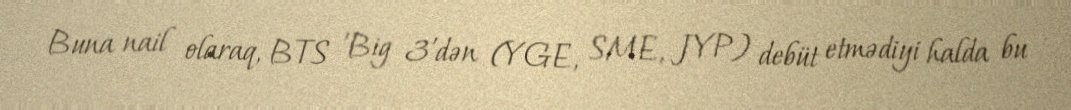
Buna nail olaraq, BTS 'Big 3'dən (YGE, SME, JYP) debüt etmədiyi halda bu